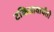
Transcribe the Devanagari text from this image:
टकितावार्घंतौ